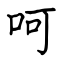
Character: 呵